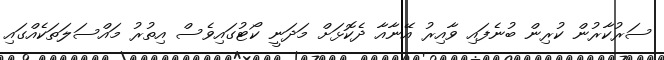
ސަރުކާރުން ކުރިން ބުނެފައި ވާއިރު އޭނާއާ ދެކޮޅަށް މަދަނީ ކޯޓުގައިވެސް އިތުރު މައްސަލަތަކެއްގައި